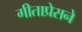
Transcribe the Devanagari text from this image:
गीताप्रेसने